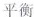
平衡